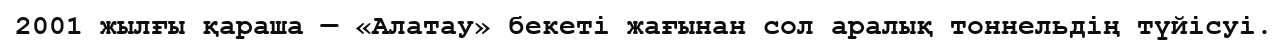
2001 жылғы қараша — «Алатау» бекеті жағынан сол аралық тоннельдің түйісуі.